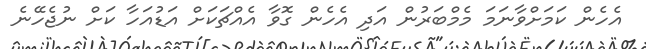
އެހެން ކަމަށްވާނަމަ މެމްބަރުން އަދި އެހެން ގޮވާ އެއްޗަކަށް އަޑުއަހާ ކަށް ނުޖެހޭނެ